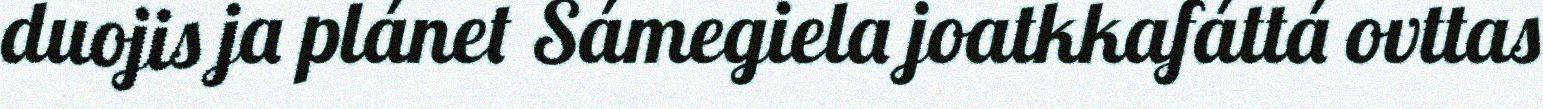
duojis ja plánet Sámegiela joatkkafáttá ovttas